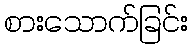
စားသောက်ခြင်း